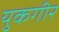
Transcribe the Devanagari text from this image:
युकगीर